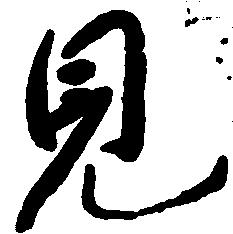
見